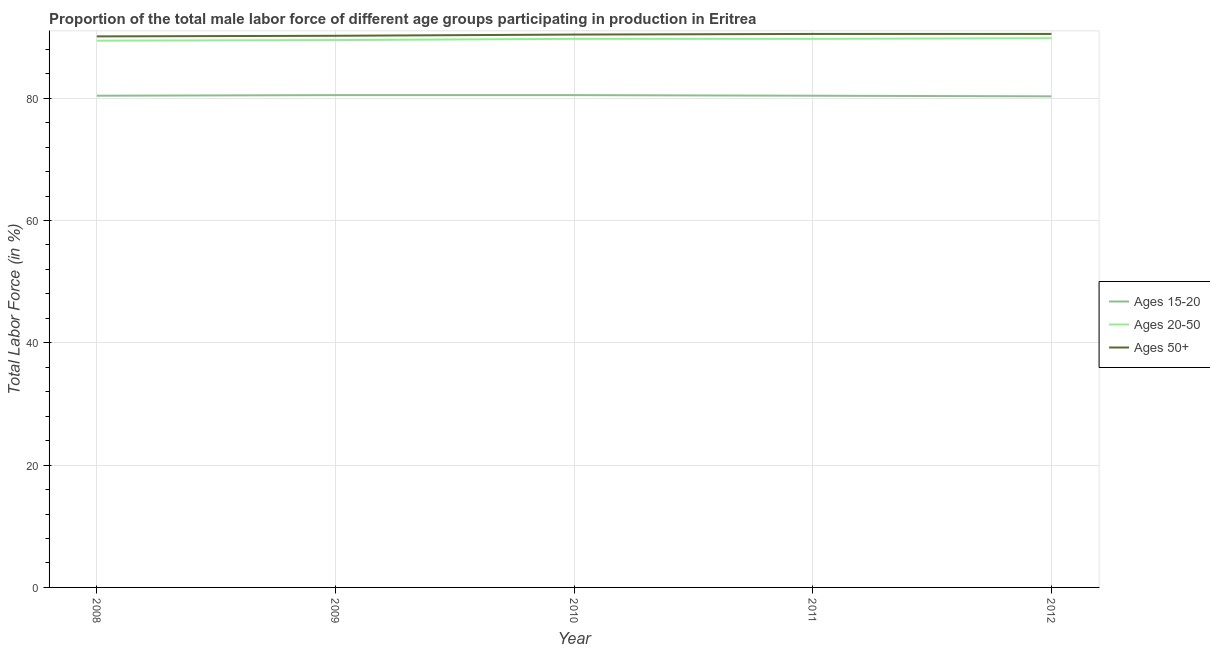
| Year | Ages 15-20 | Ages 20-50 | Ages 50+ |
 | --- | --- | --- | --- |
 | 2008 | 80.4 | 89.4 | 90.1 |
 | 2009 | 80.5 | 89.5 | 90.2 |
 | 2010 | 80.5 | 89.7 | 90.4 |
 | 2011 | 80.4 | 89.7 | 90.5 |
 | 2012 | 80.3 | 89.8 | 90.5 |